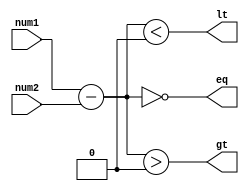
module inequality_comparator (
    input [7:0] num1,
    input [7:0] num2,
    output lt, // First number is less than second number
    output gt, // First number is greater than second number
    output eq  // First number is equal to second number
);

reg [7:0] diff;

assign diff = num1 - num2;

assign lt = (diff < 0);
assign gt = (diff > 0);
assign eq = (diff == 0);

endmodule